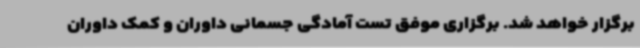
برگزار خواهد شد. برگزاری موفق تست آمادگی جسمانی داوران و کمک داوران